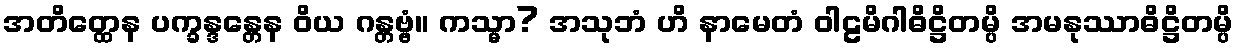
အတိတ္ထေန ပက္ခန္ဒန္တေန ဝိယ ဂန္တဗ္ဗံ။ ကသ္မာ? အသုဘံ ဟိ နာမေတံ ဝါဠမိဂါဓိဋ္ဌိတမ္ပိ အမနုဿာဓိဋ္ဌိတမ္ပိ